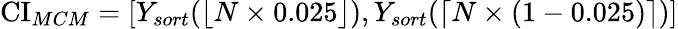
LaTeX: \operatorname{CI}_{MCM}=[Y_{sort}(\lfloor N\times 0.025\rfloor),Y_{sort}(\lceil N\times(1-0.025)\rceil)]